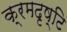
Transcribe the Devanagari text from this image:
क्रमदृष्टि